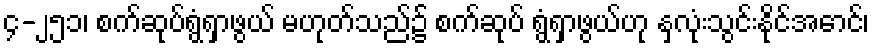
၄-၂၅၁၊ စက်ဆုပ်ရွံရှာဖွယ် မဟုတ်သည်၌ စက်ဆုပ် ရွံရှာဖွယ်ဟု နှလုံးသွင်းနိုင်အောင်၊